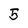
Character: 5